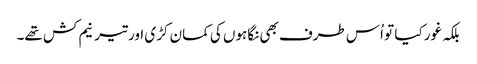
بلکہ غور کیا تو اُس طرف بھی نگاہوں کی کمان کڑی اور تیر نیم کش تھے۔